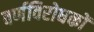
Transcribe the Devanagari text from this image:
वर्णविरोधकों